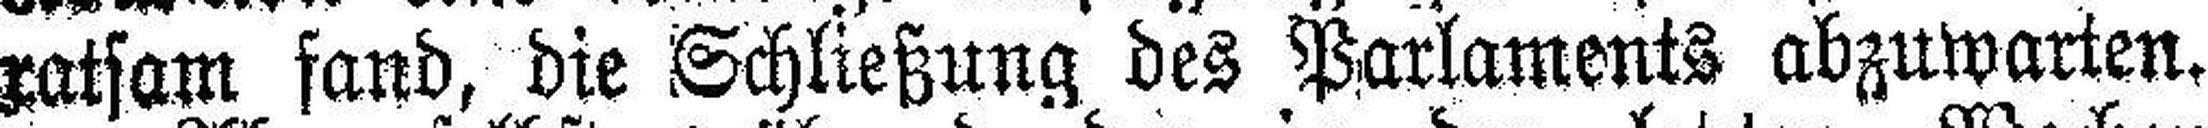
ratsam fand, die Schließung des Parlaments abzuwarten.